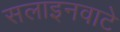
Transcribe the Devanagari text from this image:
सलाइनवाटे